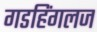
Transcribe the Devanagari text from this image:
गडहिंगलज